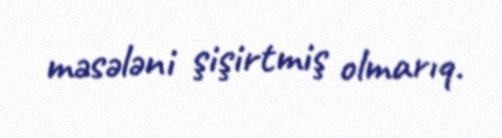
məsələni şişirtmiş olmarıq.